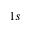
1 s